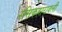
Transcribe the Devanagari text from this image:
रसिकहारावली